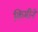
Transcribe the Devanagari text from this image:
किमीने